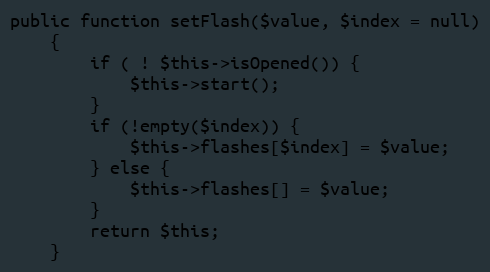
Language: PHP
public function setFlash($value, $index = null)
    {
        if ( ! $this->isOpened()) {
            $this->start();
        }
        if (!empty($index)) {
            $this->flashes[$index] = $value;
        } else {
            $this->flashes[] = $value;
        }
        return $this;
    }